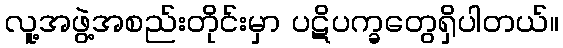
လူ့အဖွဲ့အစည်းတိုင်းမှာ ပဋိပက္ခတွေရှိပါတယ်။